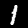
Label: 1